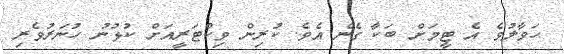
ހަވާލުވެ އެ ޓީމަށް ބަކާ ގެނެ އެވެ. ކުރިން ވިކްޓަރީއަށް ކުޅުނު ހުނަރުވެރި